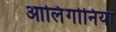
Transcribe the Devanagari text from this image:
आलिंगोनिया